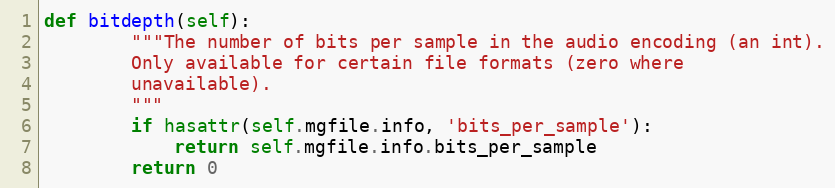
Language: Python
def bitdepth(self):
        """The number of bits per sample in the audio encoding (an int).
        Only available for certain file formats (zero where
        unavailable).
        """
        if hasattr(self.mgfile.info, 'bits_per_sample'):
            return self.mgfile.info.bits_per_sample
        return 0